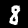
Digit: 8